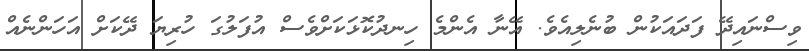
ވިސްނައިދޭ ފަދައަކުން ބުނެލިއެވެ. އޭނާ އެންމެ ހިނދުކޮޅަކަށްވެސް އުފަލުގަ ހުރިޔަ ދޭކަށް އަހަންނެއް